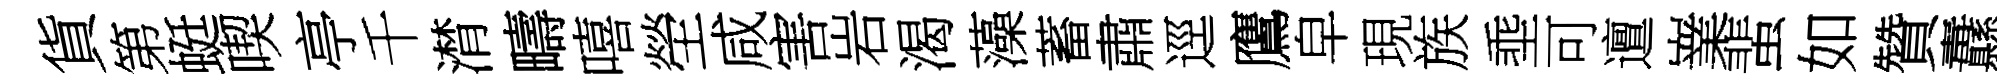
貨第蜓喫亭千潸疇嘻塋咸害岩渴藻蓄肅逕鷹皁現族埀可邅嶪蜚如贊纛